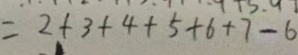
= 2 + 3 + 4 + 5 + 6 + 7 - 6